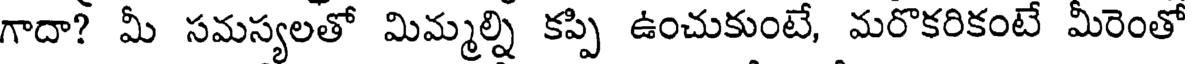
గాదా? మీ సమస్యలతో మిమ్మల్ని కప్పి ఉంచుకుంటే, మరొకరికంటే మీరెంతో